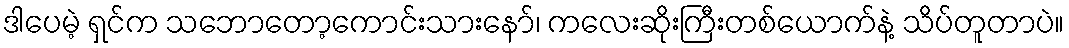
ဒါပေမဲ့ ရှင်က သဘောတော့ကောင်းသားနော်၊ ကလေးဆိုးကြီးတစ်ယောက်နဲ့ သိပ်တူတာပဲ။